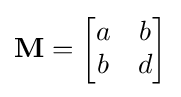
\mathbf {M} ={\begin{bmatrix}a&b\\b&d\end{bmatrix}}